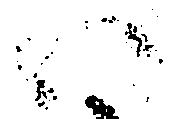
ハ